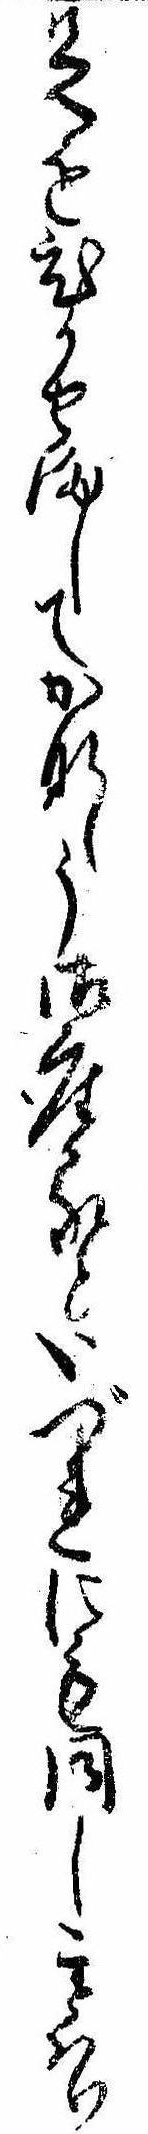
足をひかせましてかなしう御座るといづれにも同しことはり